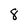
Character: 8